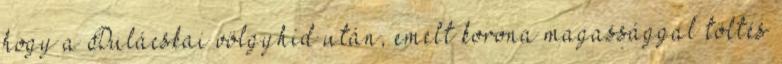
hogy a Dulácskai völgyhíd után, emelt korona magassággal töltés